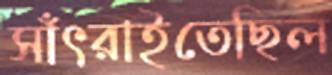
সাঁৎরাইতেছিল